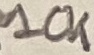
Text: 10K